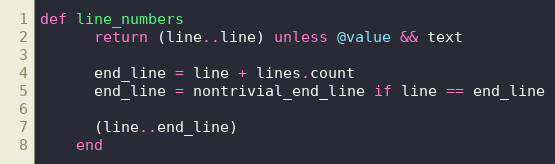
Language: Ruby
def line_numbers
      return (line..line) unless @value && text

      end_line = line + lines.count
      end_line = nontrivial_end_line if line == end_line

      (line..end_line)
    end